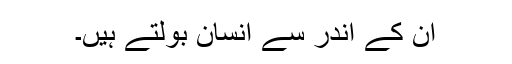
ان کے اندر سے انسان بولتے ہیں۔